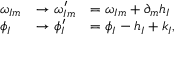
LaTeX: \begin{array} { l l l } { { \omega _ { I m } } } & { { \rightarrow \omega _ { I m } ^ { \prime } } } & { { = \omega _ { I m } + \partial _ { m } h _ { I } } } \\ { { \phi _ { I } } } & { { \rightarrow \phi _ { I } ^ { \prime } } } & { { = \phi _ { I } - h _ { I } + k _ { I } , } } \end{array}